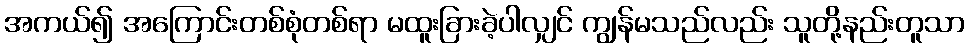
အကယ်၍ အကြောင်းတစ်စုံတစ်ရာ မထူးခြားခဲ့ပါလျှင် ကျွန်မသည်လည်း သူတို့နည်းတူသာ